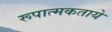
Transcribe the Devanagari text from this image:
रूपात्मकताये